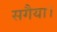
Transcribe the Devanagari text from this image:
सगैया।